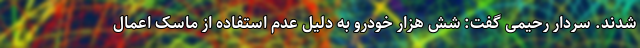
شدند. سردار رحیمی گفت: شش هزار خودرو به دلیل عدم استفاده از ماسک اعمال